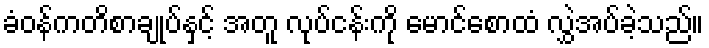
ခံဝန်ကတိစာချုပ်နှင့် အတူ လုပ်ငန်းကို မောင်စောထံ လွှဲအပ်ခဲ့သည်။